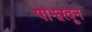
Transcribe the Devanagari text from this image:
पाझरवून